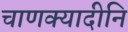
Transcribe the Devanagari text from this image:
चाणक्यादीनि